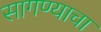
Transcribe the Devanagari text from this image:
सागण्याचा